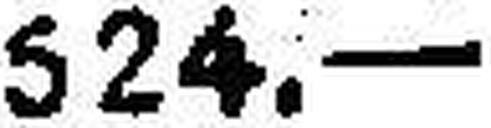
524.—